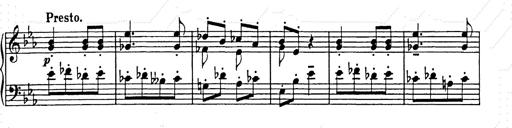
Title: Hungarian Rhapsody No.9
Composer: Franz Liszt
Key: E-flat major